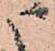
ま